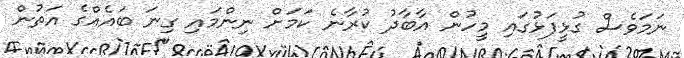
ނަމަވެސް ގުޅީފަޅުގައި މީހުން އާބާދު ކުރާނެ ކަމަށް ނިންމައި ގިނަ ބައެއްގެ އަތުން